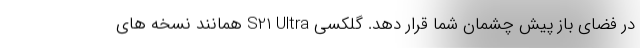
در فضای باز پیش چشمان شما قرار دهد. گلکسی S21 Ultra همانند نسخه های